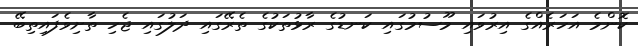
ކޮންމެ އަހަރެއްގެ އިރުވައި މޫސުމުގައި ކަނޑުގެ ރާޅުތަކުގެ ތެރޭގައި ދަލުގައި ޖެހި ތާށިވެފައިތިބޭ